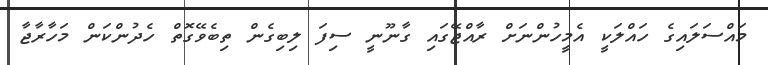
މައްސަލައިގެ ހައްލަކީ އެމީހުންނަށް ރާއްޖޭގައި ގާނޫނީ ސިފަ ލިބިގެން ތިބެވޭގޮތް ހެދުންކަން މަހާރާޖާ